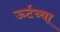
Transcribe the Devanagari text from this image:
ऊर्टच्या